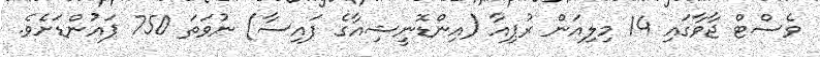
ވެސްޓް ޖާވާގައި 14 މިލިއަން ރުޕިއާ (އިންޑޮނީޝިއާގެ ފައިސާ) ނުވަތަ 750 ޕައުންޑަށެވެ.